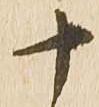
十